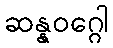
ဆန္နဝဂ္ဂေါ